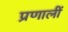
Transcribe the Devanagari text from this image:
प्रणालीं